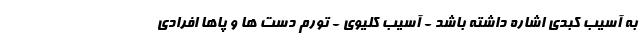
به آسیب کبدی اشاره داشته باشد - آسیب کلیوی - تورم دست ها و پاها افرادی